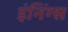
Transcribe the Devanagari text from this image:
इंनिंग्स